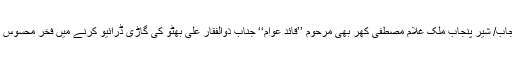
سابق قائدِ پنجاب/ شیر پنجاب ملک غلام مصطفیٰ کھر بھی مرحوم ’’قائدِ عوام‘‘ جناب ذوالفقار علی بھٹو کی گاڑی ڈرائیو کرنے میں فخر محسوس کرتے تھے۔